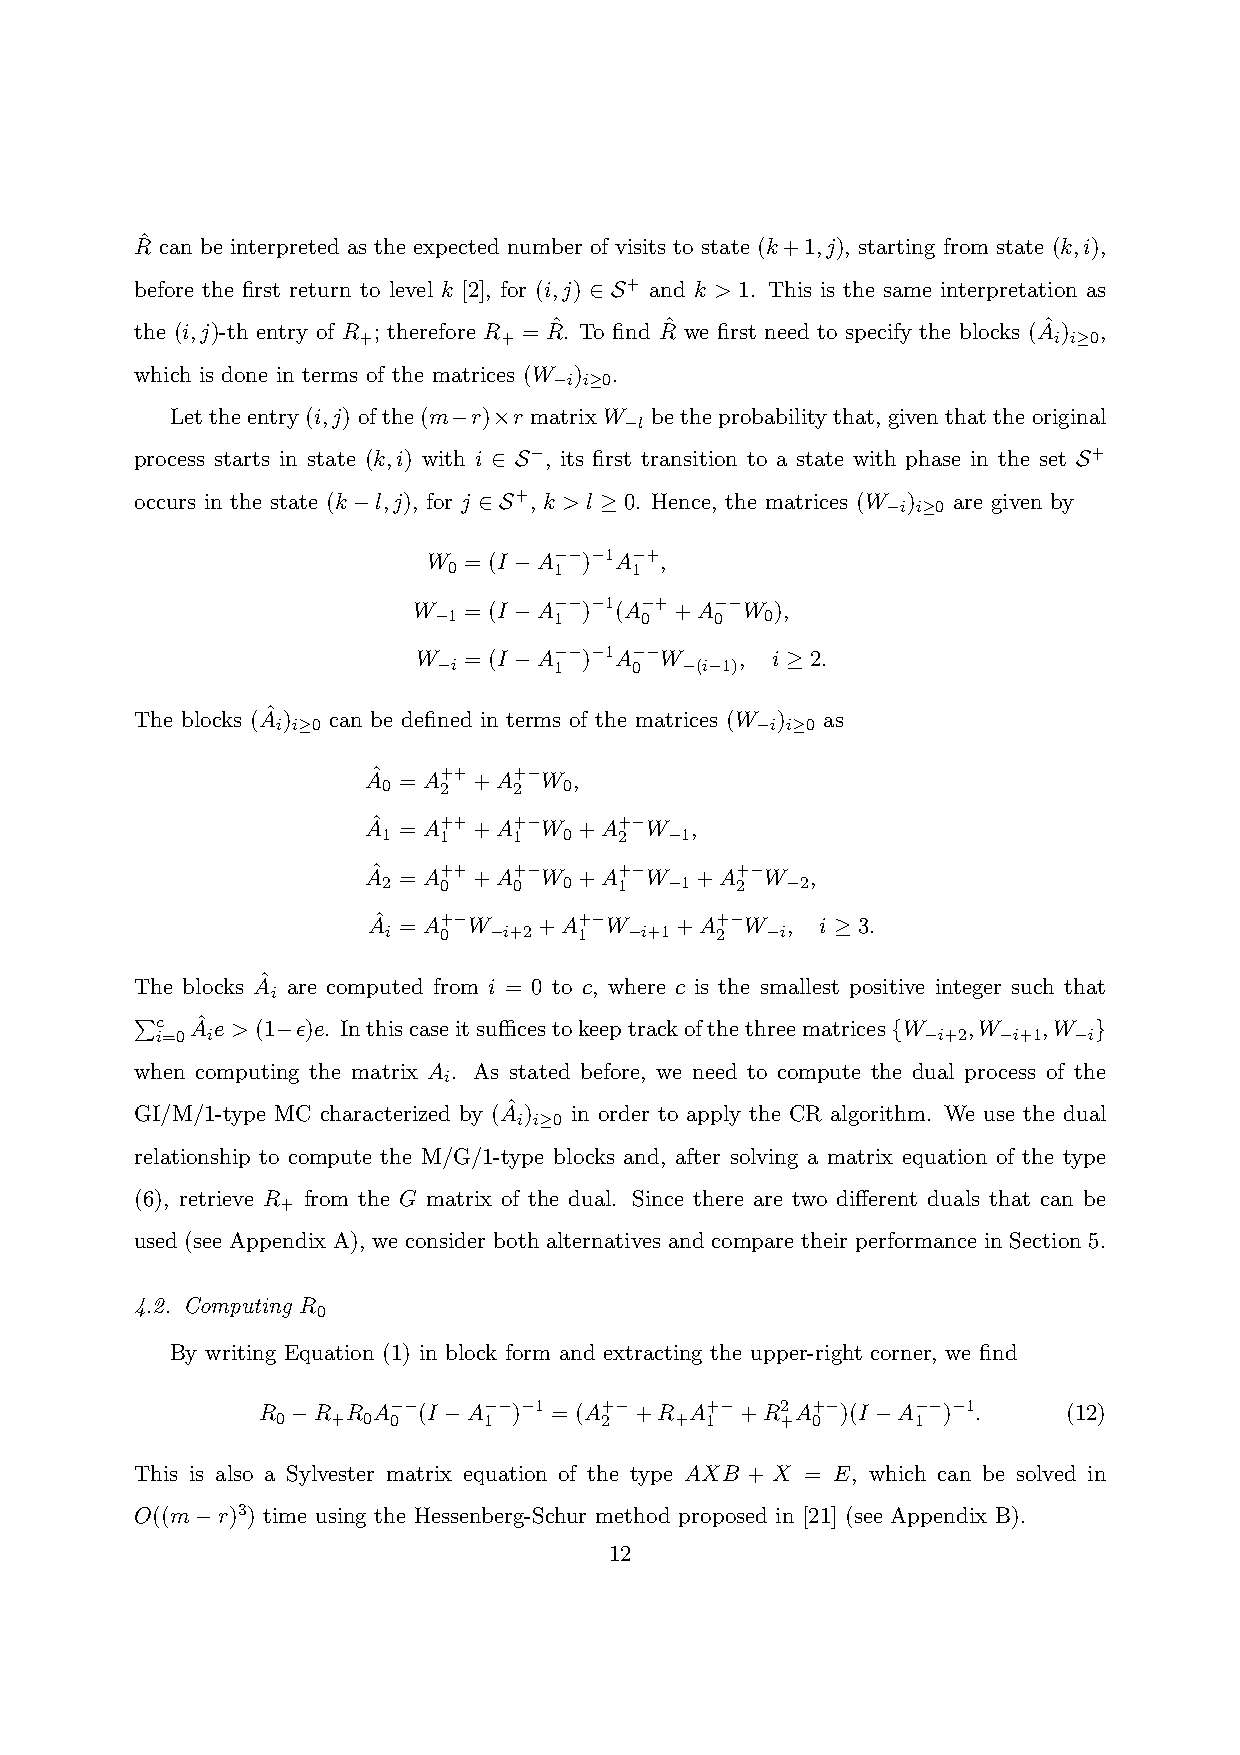
Rˆ can be interpreted as the expected number of visits to state (k+1,j), starting from state (k,i),
 before the first return to level k [2], for (i,j) ∈ S+ and k > 1. This is the same interpretation as
 the (i,j)-th entry of R ; therefore R = Rˆ. To find Rˆ we first need to specify the blocks (Aˆ ) ,
 +        +                                    i i≥0
 which is done in terms of the matrices (W ) .
 −i i≥0
 Lettheentry(i,j)ofthe(m−r)×r matrixW betheprobabilitythat, giventhattheoriginal
 −l
 process starts in state (k,i) with i ∈ S−, its first transition to a state with phase in the set S+
 occurs in the state (k−l,j), for j ∈ S+, k > l ≥ 0. Hence, the matrices (W ) are given by
 −i i≥0
 W  = (I
 −A−− )−1A−+,
 0      1    1
 W   = (I
 −A−− )−1(A−++A−−
 W ),
 −1      1    0    0   0
 W  = (I
 −A−− )−1A−−
 W    , i ≥ 2.
 −i      1    0  −(i−1)
 The blocks (Aˆ ) can be defined in terms of the matrices (W ) as
 i i≥0                           −i i≥0
 Aˆ = A+++A+− W ,
 0   2    2  0
 Aˆ = A+++A+− W +A+− W ,
 1   1    1  0   2  −1
 Aˆ = A+++A+− W +A+− W +A+− W  ,
 2   0    0  0   1  −1   2  −2
 Aˆ = A+− W  +A+− W   +A+− W , i ≥ 3.
 i   0  −i+2  1   −i+1 2   −i
 The blocks Aˆ are computed from i = 0 to c, where c is the smallest positive integer such that
 i
 c  Aˆ e > (1−ǫ)e. Inthiscaseitsufficestokeeptrackofthethreematrices{W ,W ,W }
 i=0 i                                              −i+2 −i+1 −i
 wPhen computing the matrix A . As stated before, we need to compute the dual process of the
 i
 GI/M/1-type MC characterized by (Aˆ ) in order to apply the CR algorithm. We use the dual
 i i≥0
 relationship to compute the M/G/1-type blocks and, after solving a matrix equation of the type
 (6), retrieve R from the G matrix of the dual. Since there are two different duals that can be
 +
 used (see Appendix A), we consider both alternatives and compare their performance in Section 5.
 4.2. Computing R
 0
 By writing Equation (1) in block form and extracting the upper-right corner, we find
 R −R  R A−− (I −A−− )−1 = (A+− +R A+− +R2A+− )(I −A−− )−1. (12)
 0   + 0 0     1       2    + 1    + 0      1
 This is also a Sylvester matrix equation of the type AXB + X = E, which can be solved in
 O((m−r)3) time using the Hessenberg-Schur method proposed in [21] (see Appendix B).
 12